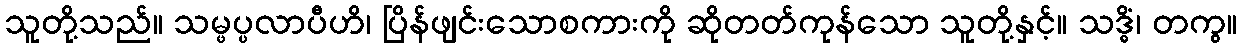
သူတို့သည်။ သမ္ဖပ္ပလာပီဟိ၊ ပြိန်ဖျင်းသောစကားကို ဆိုတတ်ကုန်သော သူတို့နှင့်။ သဒ္ဓိံ၊ တကွ။